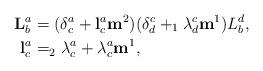
LaTeX: \begin{align*}\mathbf{L}_{b}^{a} & =(\delta_{c}^{a}+\mathbf{l}_{c}^{a}\mathbf{m}^{2})(\delta_{d}^{c}+_{1}\lambda_{d}^{c}\mathbf{m}^{1})L_{b}^{d},\\\mathbf{l}_{c}^{a} & =_{2}\lambda_{c}^{a}+\lambda_{c}^{a}\mathbf{m}^{1},\end{align*}